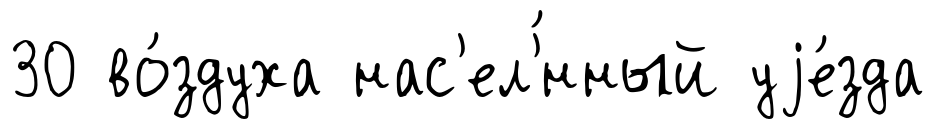
30 во́здуха нас'ел'́нный уjе́зда